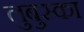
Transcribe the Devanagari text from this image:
लुबुस्का